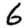
Digit: 6